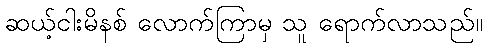
ဆယ့်ငါးမိနစ် လောက်ကြာမှ သူ ရောက်လာသည်။